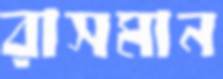
রাসমান